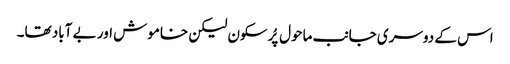
اس کے دوسری جانب ماحول پُرسکون لیکن خاموش اور بے آباد تھا۔